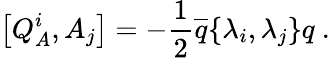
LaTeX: \left[Q_{A}^{i},A_{j}\right]=-\displaystyle\frac{1}{2}\overline{{{q}}}\{ \lambda_{i},\lambda_{j}\} q~.